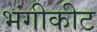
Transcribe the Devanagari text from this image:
भंगीकीट